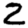
Digit: 2